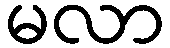
မလာ